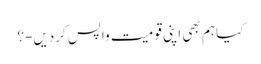
کیا ہم بھی اپنی قومیت واپس کردیں-؟